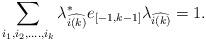
LaTeX: \begin{align*}\sum_{i_1,i_2,....,i_{k}}{\lambda}^*_{\widehat{i(k)}}e_{[-1,k-1]}\lambda_{\widehat{i(k)}} =1.\end{align*}